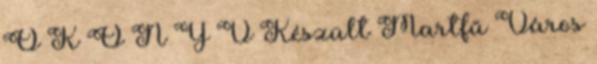
Ő K Ö N Y V Készült Martfű Város